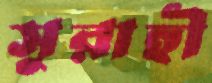
সুরাহী